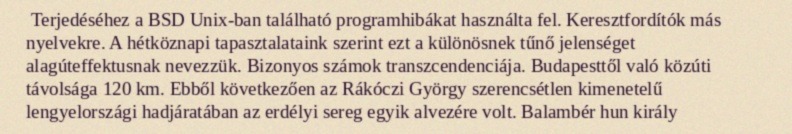
Terjedéséhez a BSD Unix-ban található programhibákat használta fel. Keresztfordítók más nyelvekre. A hétköznapi tapasztalataink szerint ezt a különösnek tűnő jelenséget alagúteffektusnak nevezzük. Bizonyos számok transzcendenciája. Budapesttől való közúti távolsága 120 km. Ebből következően az Rákóczi György szerencsétlen kimenetelű lengyelországi hadjáratában az erdélyi sereg egyik alvezére volt. Balambér hun király